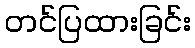
တင်ပြထားခြင်း